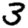
Digit: 3